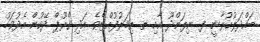
ބައްދަލުކުރާނީ ފ. ނިލަންދޫ އާއި ތ. ތިމަރުފުއްޓެވެ. އަދި ގްރޫޕް ދޭކުން އެދުވަހު